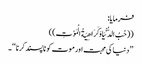
فرمایا:
((حُبُ الدُّنْیَا وَکَرَاھِیَةُ الْمَوْتِ ))
’’ دنیا کی محبت اور موت کو ناپسند کرنا ‘‘ ۔